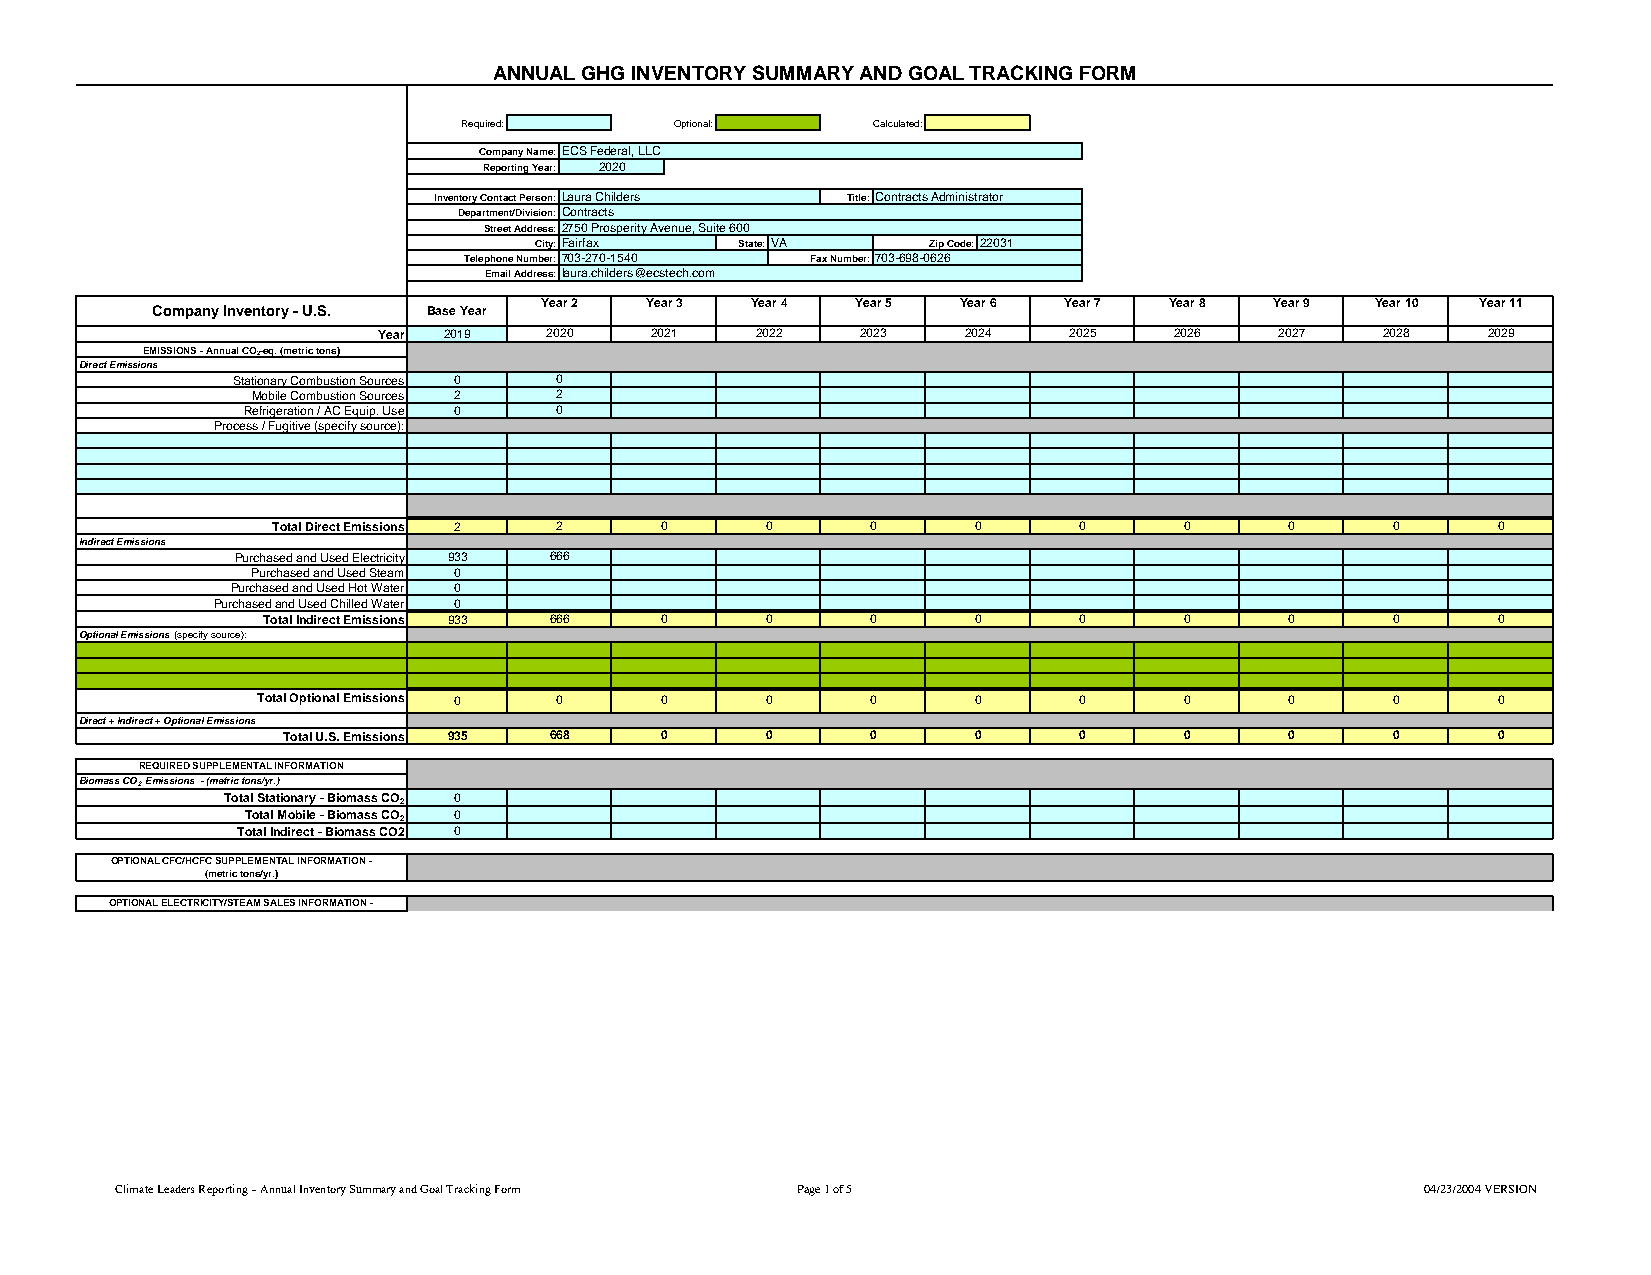
ANNUAL GHG INVENTORY SUMMARY AND GOAL TRACKING FORM
 Required:     Optional:    Calculated:
 Company Name:ECS Federal, LLC
 Reporting Year: 2020
 Inventory Contact Person:Laura Childers Title:Contracts Administrator
 Department/Division:Contracts
 Street Address:2750 Prosperity Avenue, Suite 600
 City:Fairfax  State:VA    Zip Code:22031
 Telephone Number:703-270-1540 Fax Number:703-698-0626
 Email Address:laura.childers@ecstech.com
 Year 2 Year 3 Year 4 Year 5 Year 6 Year 7 Year 8 Year 9 Year 10 Year 11
 Company Inventory - U.S. Base Year
 Year 2019  2020   2021   2022   2023   2024   2025   2026   2027   2028  2029
 EMISSIONS - Annual CO2-eq. (metric tons)
 Direct Emissions
 Stationary Combustion Sources 0 0
 Mobile Combustion Sources 2 2
 Refrigeration / AC Equip. Use 0 0
 Process / Fugitive (specify source):
 Total Direct Emissions 2 2 0     0      0     0      0      0      0      0      0
 Indirect Emissions
 Purchased and Used Electricity 933 666
 Purchased and Used Steam 0
 Purchased and Used Hot Water 0
 Purchased and Used Chilled Water 0
 Total Indirect Emissions 933 666 0 0     0     0      0      0      0      0      0
 Optional Emissions (specify source):
 Total Optional Emissions 0 0 0    0      0     0      0      0      0      0      0
 Direct + Indirect + Optional Emissions
 Total U.S. Emissions 935 668 0  0      0     0      0      0      0      0      0
 REQUIRED SUPPLEMENTAL INFORMATION
 Biomass CO2 Emissions - (metric tons/yr.)
 Total Stationary - Biomass CO2 0
 Total Mobile - Biomass CO2 0
 Total Indirect - Biomass CO2 0
 OPTIONAL CFC/HCFC SUPPLEMENTAL INFORMATION -
 (metric tons/yr.)
 OPTIONAL ELECTRICITY/STEAM SALES INFORMATION -
 Climate Leaders Reporting – Annual Inventory Summary and Goal Tracking Form Page 1 of 5 04/23/2004 VERSION